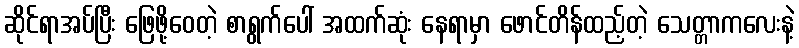
ဆိုင်ရာအပ်ပြီး ဖြေဖို့ဝေတဲ့ စာရွက်ပေါ် အထက်ဆုံး နေရာမှာ ဖောင်တိန်ထည့်တဲ့ သေတ္တာကလေးနဲ့